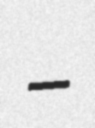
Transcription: –